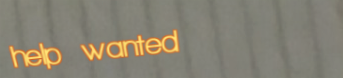
help wanted